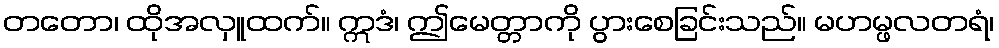
တတော၊ ထိုအလှူထက်။ ဣဒံ၊ ဤမေတ္တာကို ပွားစေခြင်းသည်။ မဟမ္ဖလတရံ၊